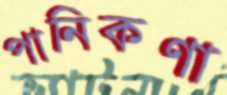
পানিকণা